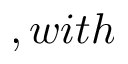
, w i t h